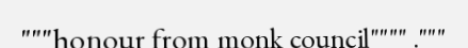
"""honour from monk council"""" ."""